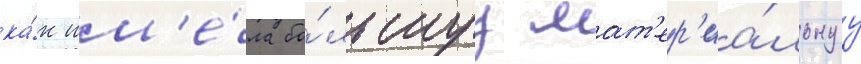
ка́к им'е́ла бо́льшуу мат'ер'иа́льнуу